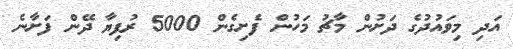
އަދި މިވައުދުގެ ދަށުން މާޗު މަހުން ފެށިގެން 5000 ރުފިޔާ ދޭން ފަށާނެ